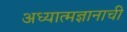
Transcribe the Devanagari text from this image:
अध्यात्मज्ञानाची